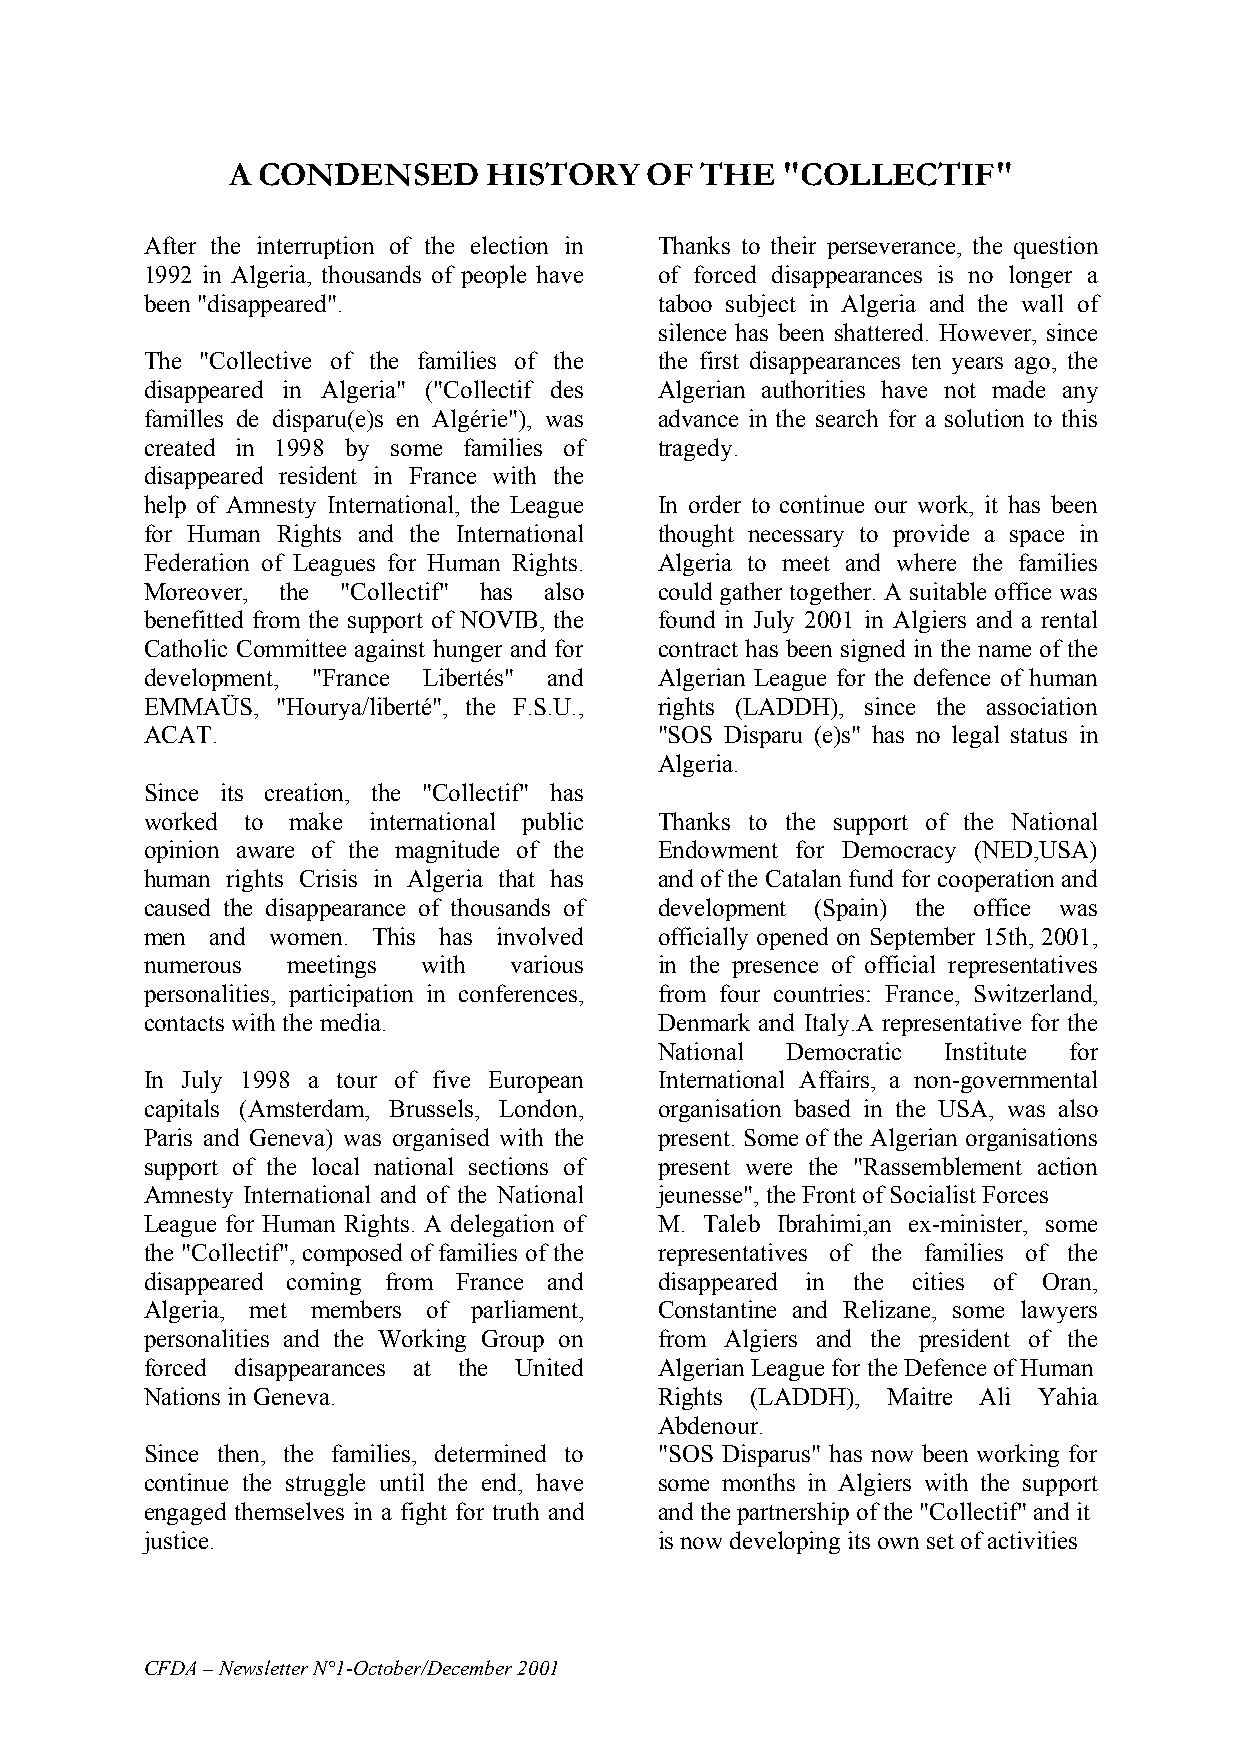
A CONDENSED      HISTORY    OF THE   "COLLECTIF"
 After the interruption of the election in Thanks to their perseverance, the question
 1992 in Algeria, thousands of people have of forced disappearances is no longer a
 been "disappeared".               taboo subject in Algeria and the wall of
 silence has been shattered. However, since
 The "Collective of the families of the the first disappearances ten years ago, the
 disappeared in Algeria" ("Collectif des Algerian authorities have not made any
 familles de disparu(e)s en Algérie"), was advance in the search for a solution to this
 created in 1998 by some families of tragedy.
 disappeared resident in France with the
 help of Amnesty International, the League In order to continue our work, it has been
 for Human Rights and the International thought necessary to provide a space in
 Federation of Leagues for Human Rights. Algeria to meet and where the families
 Moreover, the "Collectif" has also could gather together. A suitable office was
 benefitted from the support of NOVIB, the found in July 2001 in Algiers and a rental
 Catholic Committee against hunger and for contract has been signed in the name of the
 development, "France Libertés" and Algerian League for the defence of human
 EMMAÜS, "Hourya/liberté", the F.S.U., rights (LADDH), since the association
 ACAT.                             "SOS Disparu (e)s" has no legal status in
 Algeria.
 Since its creation, the "Collectif" has
 worked to make international public Thanks to the support of the National
 opinion aware of the magnitude of the Endowment for Democracy (NED,USA)
 human rights Crisis in Algeria that has and of the Catalan fund for cooperation and
 caused the disappearance of thousands of development (Spain) the office was
 men and women. This has involved  officially opened on September 15th, 2001,
 numerous meetings with  various   in the presence of official representatives
 personalities, participation in conferences, from four countries: France, Switzerland,
 contacts with the media.          Denmark and Italy.A representative for the
 National Democratic Institute for
 In July 1998 a tour of five European International Affairs, a non-governmental
 capitals (Amsterdam, Brussels, London, organisation based in the USA, was also
 Paris and Geneva) was organised with the present. Some of the Algerian organisations
 support of the local national sections of present were the "Rassemblement action
 Amnesty International and of the National jeunesse", the Front of Socialist Forces
 League for Human Rights. A delegation of M. Taleb Ibrahimi,an ex-minister, some
 the "Collectif", composed of families of the representatives of the families of the
 disappeared coming from France and disappeared in the cities of Oran,
 Algeria, met members of parliament, Constantine and Relizane, some lawyers
 personalities and the Working Group on from Algiers and the president of the
 forced disappearances at the United Algerian League for the Defence of Human
 Nations in Geneva.                Rights (LADDH), Maitre Ali Yahia
 Abdenour.
 Since then, the families, determined to "SOS Disparus" has now been working for
 continue the struggle until the end, have some months in Algiers with the support
 engaged themselves in a fight for truth and and the partnership of the "Collectif" and it
 justice.                          is now developing its own set of activities
 CFDA – Newsletter N°1-October/December 2001